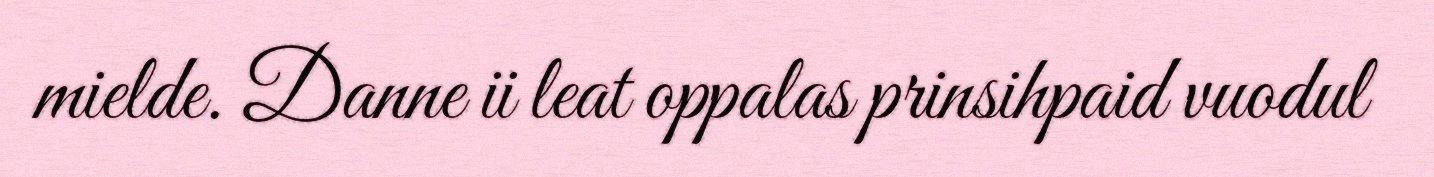
mielde. Danne ii leat oppalas prinsihpaid vuodul